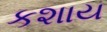
કશાય